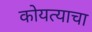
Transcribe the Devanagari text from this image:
कोयत्याचा